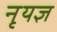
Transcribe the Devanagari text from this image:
नृयज्ञ